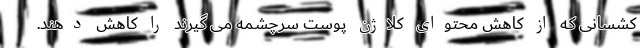
کشسانی که از کاهش محتوای کلاژن پوست سرچشمه می گیرند را کاهش دهند.